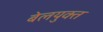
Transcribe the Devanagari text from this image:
बेलयुक्त